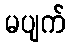
မပျက်